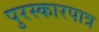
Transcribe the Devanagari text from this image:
पुरस्कारपात्र